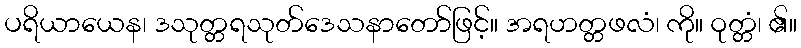
ပရိယာယေန၊ ဒသုတ္တရသုတ်ဒေသနာတော်ဖြင့်။ အရဟတ္တဖလံ၊ ကို။ ဝုတ္တံ၊ ၏။